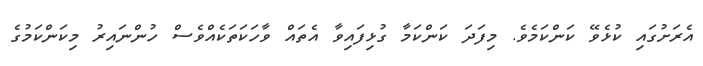
އެރަށުގައި ކުޅެވޭ ކަންކަމެވެ. މިފަދަ ކަންކަމާ ގުޅިފައިވާ އެތައް ވާހަކަތަކެއްވެސް ހުންނައިރު މިކަންކަމުގެ